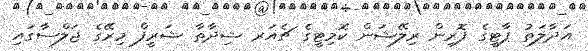
އަދާލަތު ޕާޓީގެ ފޮރިން ރިލޭޝަން ކޮމިޓީގެ ޗެއަރ ޝިދާތާ ޝަރީފް މިރޭގެ ޖަލްސާގައި